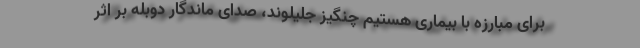
برای مبارزه با بیماری هستیم چنگیز جلیلوند، صدای ماندگار دوبله بر اثر